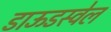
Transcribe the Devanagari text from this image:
डाऊडस्वेल